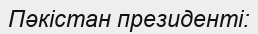
Пәкістан президенті: